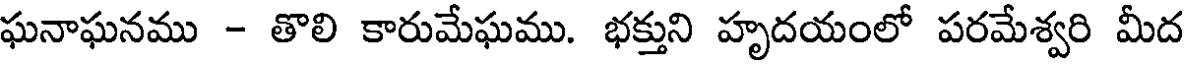
ఘనాఘనము - తొలి కారుమేఘము. భక్తుని హృదయంలో పరమేశ్వరి మీద